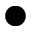
\bigcirc